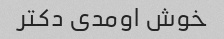
خوش اومدی دکتر